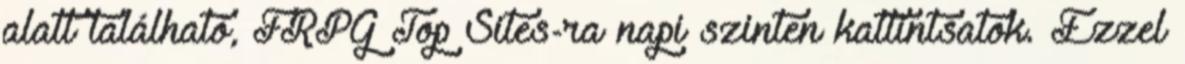
alatt található, FRPG Top Sites-ra napi szinten kattintsatok. Ezzel